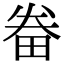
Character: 𤱵